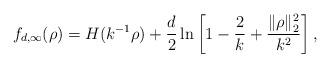
LaTeX: \begin{align*}f_{d,\infty}(\rho)=H(k^{-1}\rho)+\frac{d}{2}\ln\left[1-\frac{2}{k}+\frac{\|\rho\|_2^2}{k^2}\right],\end{align*}